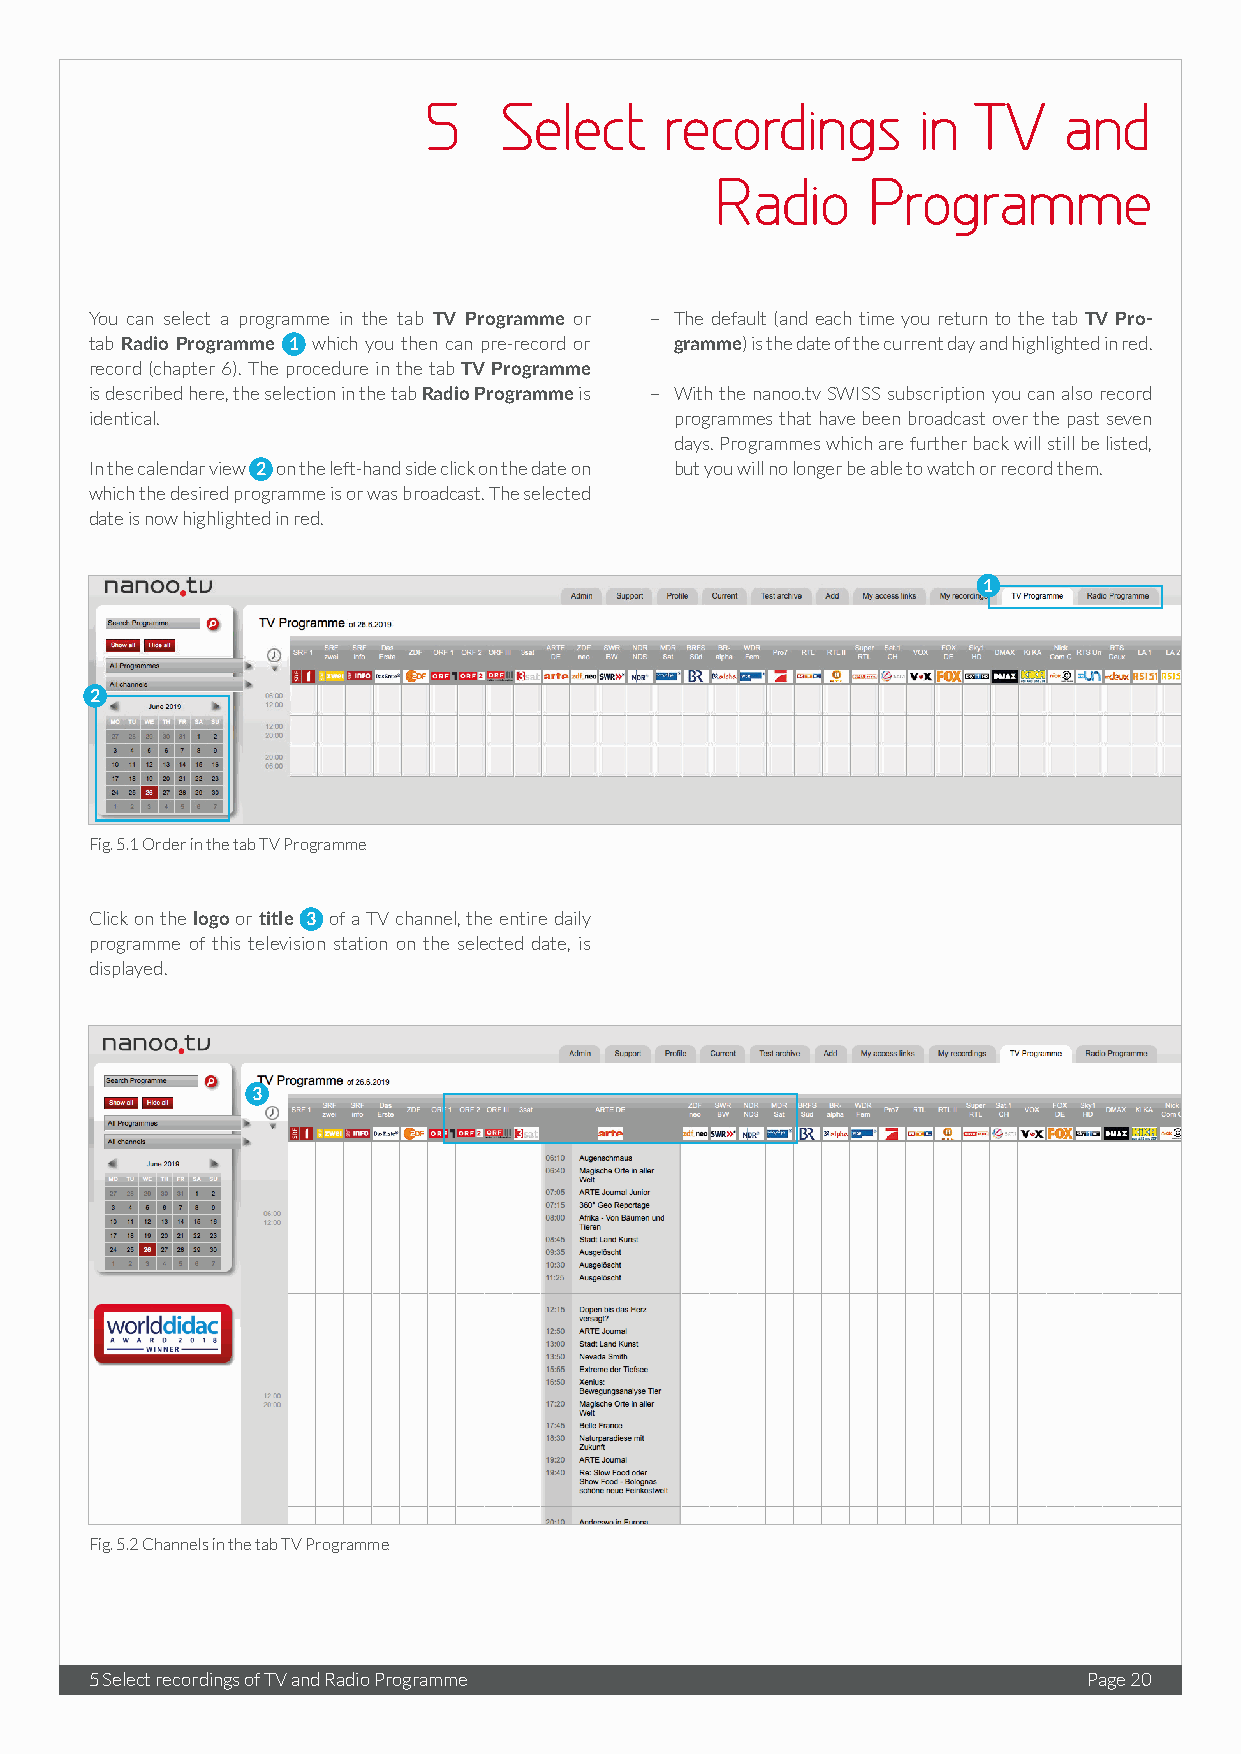
5    Select     recordings       in TV    and
 Radio     Programme
 You can select a programme in the tab TV Programme or – The default (and each time you return to the tab TV Pro-
 tab Radio Programme 1 which you then can pre-record or gramme) is the date of the current day and highlighted in red.
 record (chapter 6). The procedure in the tab TV Programme
 is described here, the selection in the tab Radio Programme is – With the nanoo.tv SWISS subscription you can also record
 identical.                             programmes that have been broadcast over the past seven
 days. Programmes which are further back will still be listed,
 In the calendar view 2 on the left-hand side click on the date on but you will no longer be able to watch or record them.
 which the desired programme is or was broadcast. The selected
 date is now highlighted in red.
 1
 2
 Fig. 5.1 Order in the tab TV Programme
 Click on the logo or title 3 of a TV channel, the entire daily
 programme of this television station on the selected date, is
 displayed.
 3
 Fig. 5.2 Channels in the tab TV Programme
 5 Select recordings of TV and Radio Programme                     Page 20